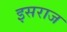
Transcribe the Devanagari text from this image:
इसराज